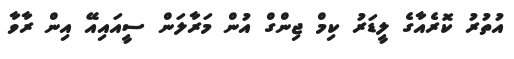
އުތުރު ކޮރެއާގެ ލީޑަރު ކިމް ޖިންގް އުން މަރާލަން ސީއައިއޭ އިން ރާވާ